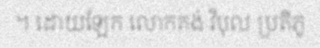
។ ដោយឡែក លោកគង់ វិបុល ប្រតិភូ